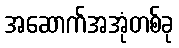
အဆောက်အအုံတစ်ခု